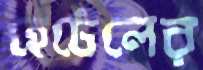
হেটেলের